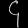
Digit: ၄